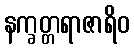
နက္ခတ္တရာဇာရိဝ